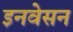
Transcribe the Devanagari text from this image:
इनवेसन